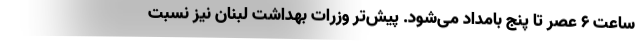
ساعت ۶ عصر تا پنج بامداد می‌شود. پیش‌تر وزرات بهداشت لبنان نیز نسبت